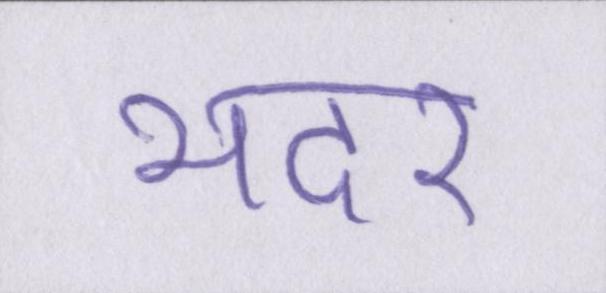
भदर